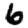
Digit: 6